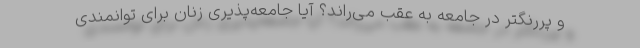
و پررنگتر در جامعه به عقب می‌راند؟ آیا جامعه‌پذیری زنان برای توانمندی